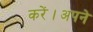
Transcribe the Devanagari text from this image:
करें।अपने